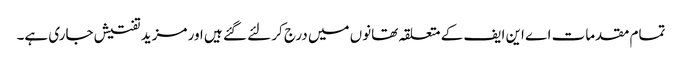
تمام مقدمات اے این ایف کے متعلقہ تھانوں میں درج کر لئے گئے ہیں اور مزید تفتیش جاری ہے۔